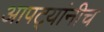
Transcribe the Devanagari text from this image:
आपट्यांनीच